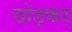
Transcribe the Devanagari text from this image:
छोड़कर्